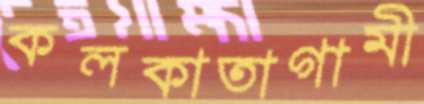
কলকাতাগামী